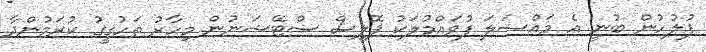
ފުލުހުން ބުނީ އެ މައްސަލަ ފުވައްމުލަކު ޕޮލިސް ސްޓޭޝަނުން މިހާރު ތަހުގީގު ކުރަމުންދާ